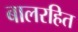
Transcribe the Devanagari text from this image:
बालरहित